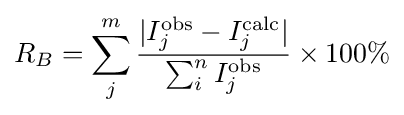
R_{B}=\sum _{j}^{m}{\frac {|I_{j}^{\text{obs}}-I_{j}^{\text{calc}}|}{\sum _{i}^{n}I_{j}^{\text{obs}}}}\times 100\%